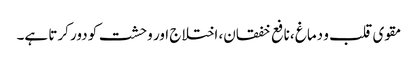
مقوی قلب و دماغ ،نافع خفقان، اختلاج اور وحشت کو دور کرتا ہے۔